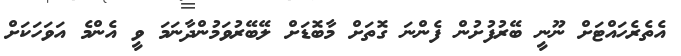
އެތެރެހައްޓަށް ނޫނީ ބޭރުފުށުން ފެންނަ ގޮތަށް މާބޮޑަށް ލޭބޭރުވަމުންދާނަމަ ވީ އެންމެ އަވަހަކަށް